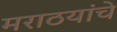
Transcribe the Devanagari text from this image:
मराठयांचे